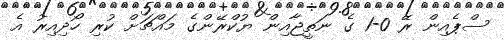
ސްޕެއިން ރޭ 0-1 ގެ ނަތީޖާއިން ޔުކްރޭންގެ މައްޗަށް ކުރި ހޯދިއިރު އެ